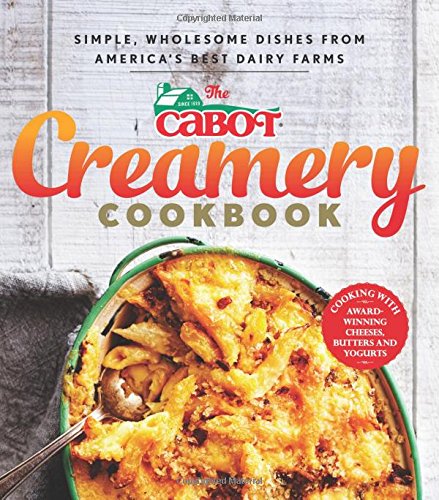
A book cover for The Cabot Creamery Cookbook: Simple, Wholesome Dishes from America's Best Dairy Farms; Cabot; Cookbooks, Food & Wine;